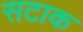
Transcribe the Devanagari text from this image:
सटाक